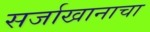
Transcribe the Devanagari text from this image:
सर्जाखानाचा